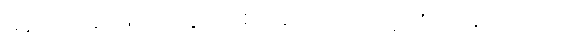
မုန့်ဟင်းခါးဖြင့် ဤပွဲ၌ ခံစားချက်ကတော့ ကုပ်နေကြသည်